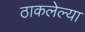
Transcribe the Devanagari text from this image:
ठाकलेल्या